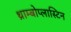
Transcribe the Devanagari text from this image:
थ्राम्बोप्लास्टिन